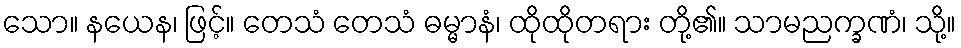
သော။ နယေန၊ ဖြင့်။ တေသံ တေသံ ဓမ္မာနံ၊ ထိုထိုတရား တို့၏။ သာမညက္ခဏံ၊ သို့။